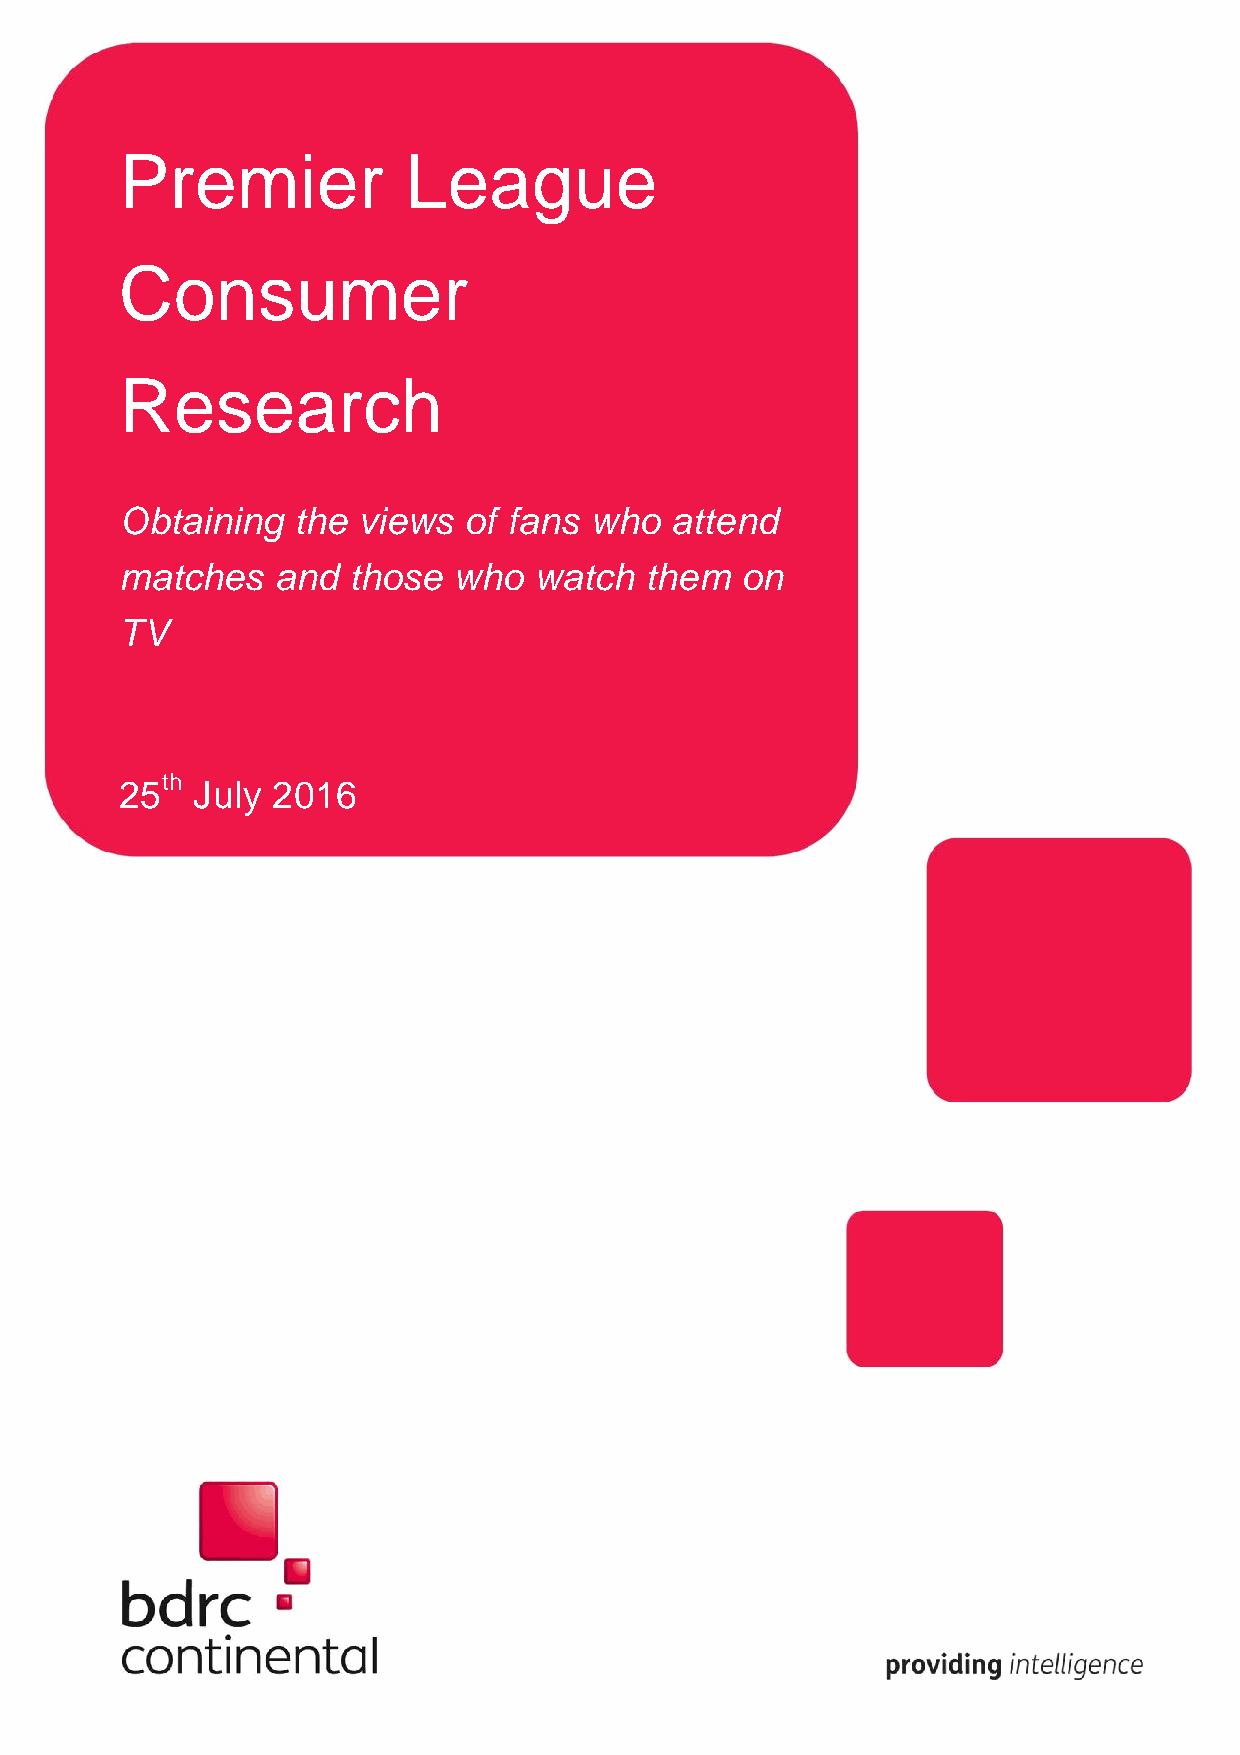
Premier            League
 Consumer
 Research
 Obtaining  the  views  of fans who  attend
 matches   and  those  who  watch   them  on
 TV
 th
 25   July 2016